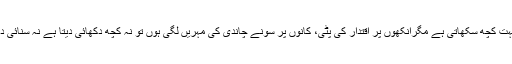
تاریخ بہت کچھ سکھاتی ہے مگرآنکھوں پر اقتدار کی پٹی، کانوں پر سونے چاندی کی مہریں لگی ہوں تو نہ کچھ دکھائی دیتا ہے نہ سنائی دیتا ہے!